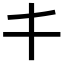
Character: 𠀆